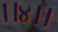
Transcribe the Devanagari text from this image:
।।४।।